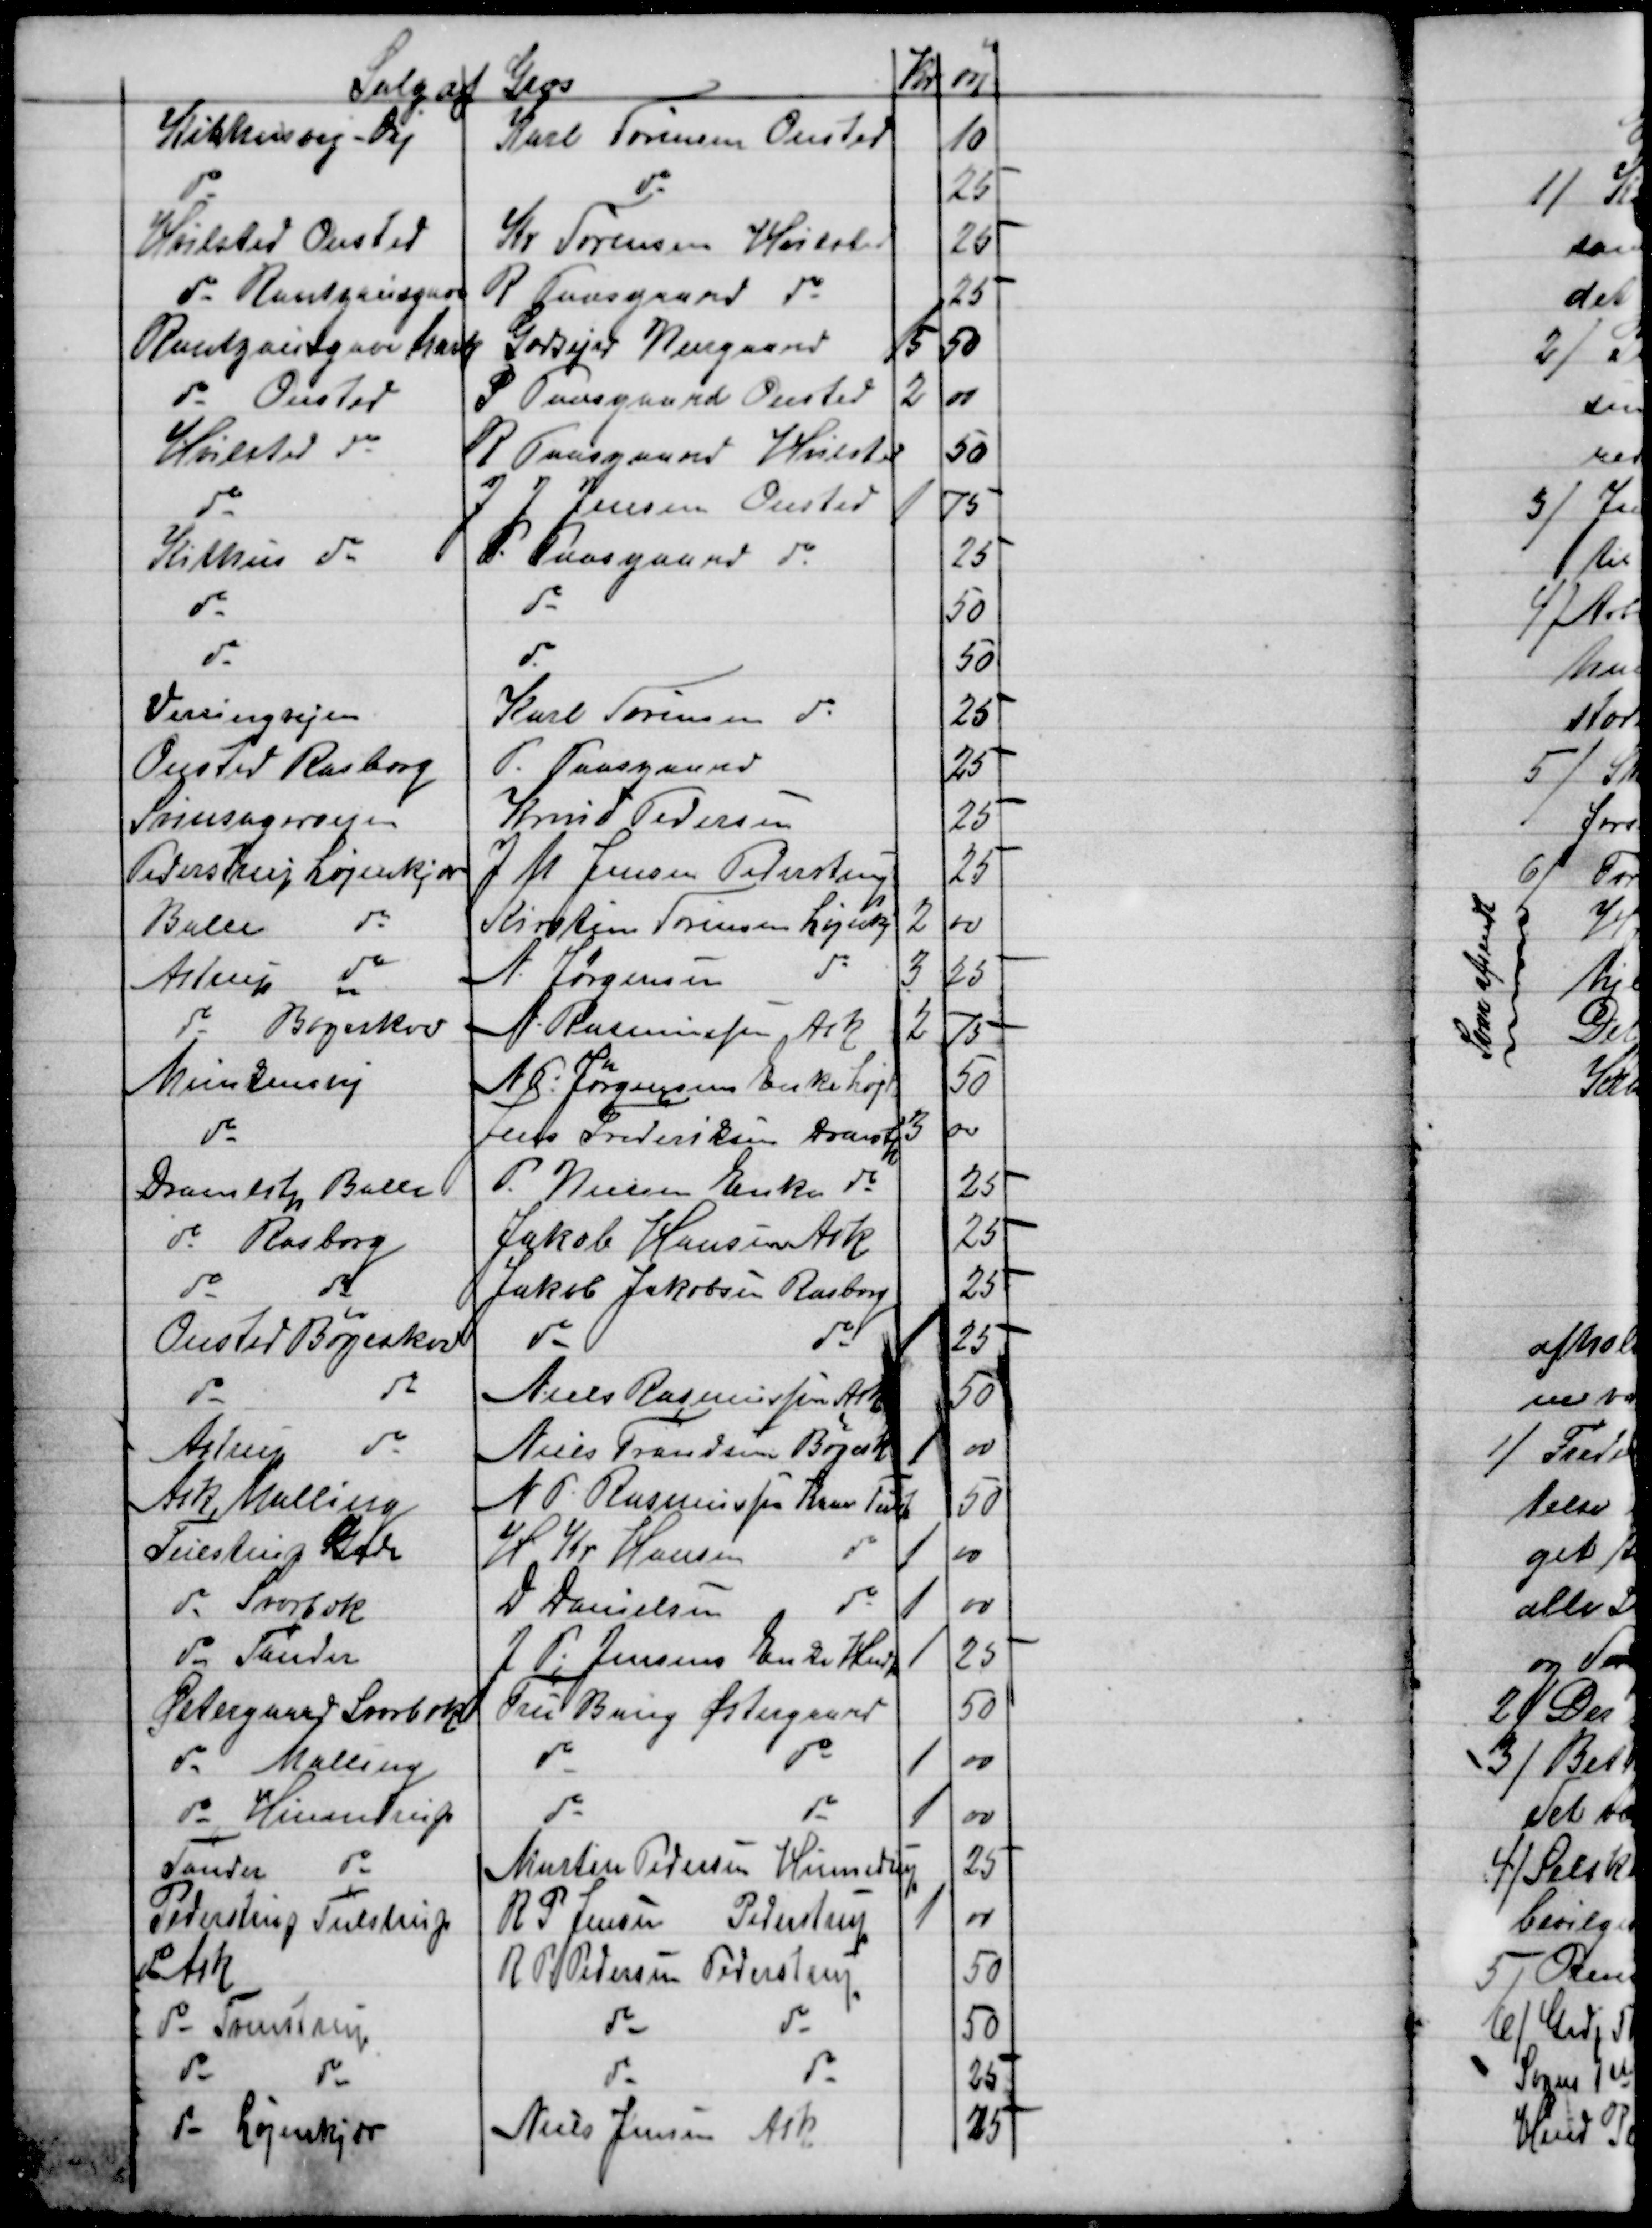
Transskription:
Salg af Græs
Kr
øre
Kithusvej - Vej
Karl Sørensen Onsted
10
do
do
25
Hvilsted Onsted
Kr Sørensen Hvilsted
25
do Rantzausgave
R Paasgaard do
25
Rantzauzgave Mark
Godsejer Neergaard
15
50
do Onsted
P Paasgaard Onsted
2
00
Hvilsted do
R Paasgaard Hvilsted
50
do
J J Jensen Onsted
1
75
Kithus do
P. Paasgaard do
25
do
do
50
do
do
50
Virringvejen
Karl Sørensen do
25
Onsted Rasborg
P. Paasgaard
25
Svinsagervejen
Knud Pedersen
25
Pederstrup Løjenkjær
J M Jensen Pederstrup
25
Balle do
Kirstine Sørensen Løjenkj
2
00
Astrup do
A. Jørgensen
do
3
25
do Bøgeskov
A. Rasmussen Ask
2
75
Munkensvej
N. P. Jørgensens Enke Løjk.
50
do
Jens Frederiksen Dramstp
3
00
Dramlstp Balle
P. Nielsen Enke do
25
do Rasborg
Jakob Hansen Ask
25
do
do
Jakob Jakobsen Rasborg
25
Onsted Bøgeskov
do
do
1
25
do
do
Niels Rasmussen Astp
50
Astrup 
do
Niels Frandsen Bøgesk
1
00
Ask Malling
N. P. Rasmussen Kaae Tulstp
50
Tulstrup Gade
H Kr Hansen
do
1
00
do Svorbæk
D Danielsen
do
1
00
do Tander
J. P. Jensens Enke Hndp
1
25
Østergaard Svorbæk
Fru Bang Østergaard
50
do
Malling
do
do
1
00
do Hinnedrup
do
do
1
00
Tander
do
Martin Pedersen Hinnedrup
25
Pederstrup Tulstrup
R P Jensen Pederstrup 
1
00
do Ask
R P Pedersen Pederstrup
50
do Trustrup
do
do
50
do
do
do
do
25
do Løjenkjær
Niels Jensen Ask
25